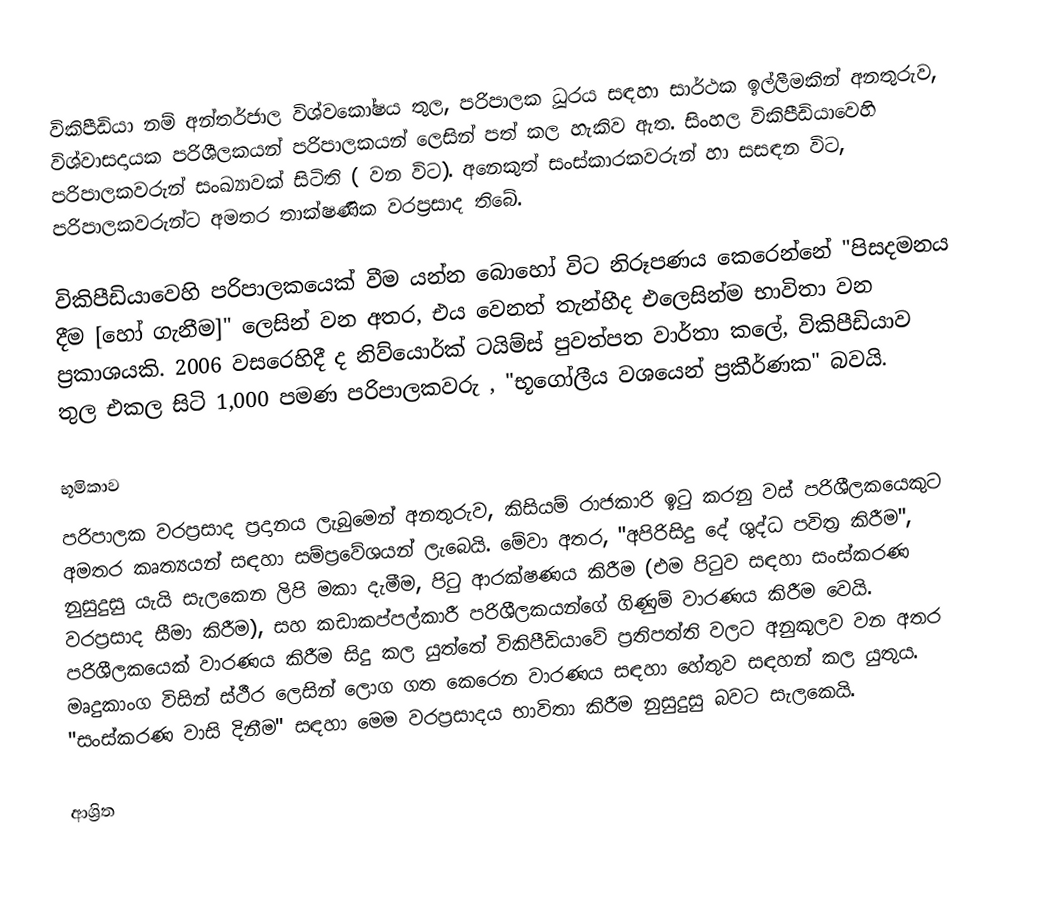
විකිපීඩියා නම් අන්තර්ජාල විශ්වකෝෂය තුල, පරිපාලක ධූරය සඳහා සාර්ථක ඉල්ලීමකින් අනතුරුව, විශ්වාසදායක පරිශීලකයන් පරිපාලකයන් ලෙසින් පත් කල හැකිව ඇත. සිංහල විකිපීඩියාවෙහි පරිපාලකවරුන්  සංඛ්‍යාවක් සිටිති  (  වන විට). අනෙකුත් සංස්කාරකවරුන් හා සසඳන විට, පරිපාලකවරුන්ට අමතර තාක්ෂණික වරප්‍රසාද තිබේ.

විකිපීඩියාවෙහි පරිපාලකයෙක් වීම යන්න බොහෝ විට නිරූපණය කෙරෙන්නේ  "පිසදමනය දීම [හෝ ගැනීම]" ලෙසින් වන අතර, එය වෙනත් තැන්හීද එලෙසින්ම භාවිතා වන ප්‍රකාශයකි. 2006 වසරෙහිදී  ද නිව්යොර්ක් ටයිම්ස් පුවත්පත වාර්තා කලේ, විකිපීඩියාව තුල එකල සිටි 1,000 පමණ පරිපාලකවරු , "භූගෝලීය වශයෙන් ප්‍රකීර්ණක" බවයි.

භූමිකාව
පරිපාලක වරප්‍රසාද ප්‍රදානය ලැබුමෙන් අනතුරුව, කිසියම් රාජකාරි ඉටු කරනු වස් පරිශීලකයෙකුට අමතර කෘත්‍යයන් සඳහා සම්ප්‍රවේශයන් ලැබෙයි. මේවා අතර,  "අපිරිසිදු දේ ශුද්ධ පවිත්‍ර කිරීම", නුසුදුසු යැයි සැලකෙන ලිපි මකා දැමීම, පිටු ආරක්ෂණය කිරීම (එම පිටුව සඳහා සංස්කරණ වරප්‍රසාද සීමා කිරීම), සහ කඩාකප්පල්කාරී පරිශීලකයන්ගේ ගිණුම්  වාරණය කිරීම වෙයි.  පරිශීලකයෙක් වාරණය කිරීම සිදු කල යුත්තේ විකිපීඩියාවේ ප්‍රතිපත්ති වලට අනුකූලව වන අතර මෘදුකාංග විසින් ස්ථීර ලෙසින් ලොග ගත කෙරෙන වාරණය සඳහා හේතුව සඳහන් කල යුතුය. "සංස්කරණ වාසි දිනීම" සඳහා මෙම වරප්‍රසාදය භාවිතා කිරීම නුසුදුසු බවට සැලකෙයි.

ආශ්‍රිත